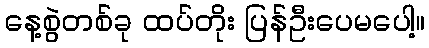
နေ့စွဲတစ်ခု ထပ်တိုး ပြန်ဦးပေမပေါ့။